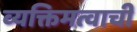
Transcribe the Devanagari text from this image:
व्यक्तिमत्वाची